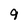
Character: 9